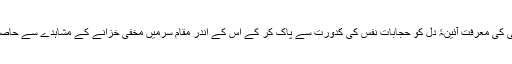
اور اللہ تعالیٰ کی معرفت آئینۂ دل کو حجاباتِ نفس کی کدورت سے پاک کر کے اُس کے اندر مقامِ سرّمیں مخفی خزانے کے مشاہدے سے حاصل ہوتی ہے۔